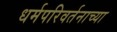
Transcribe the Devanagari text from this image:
धर्मपरिवर्तनाच्या